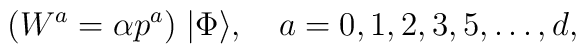
(W^a = \alpha p^a)\;|\Phi\rangle,\quad a = 0,1,2,3,5,\dots,d,